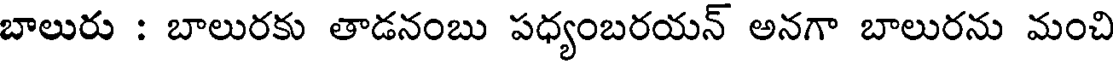
బాలురు : బాలురకు తాడనంబు పధ్యంబరయన్ అనగా బాలురను మంచి